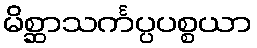
မိစ္ဆာသင်္ကပ္ပပစ္စယာ